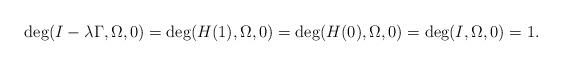
LaTeX: \begin{align*} \deg ( I- \lambda \Gamma , \Omega ,0 ) = \deg ( H ( 1 ) , \Omega ,0 ) = \deg ( H ( 0 ) , \Omega ,0 ) = \deg ( I, \Omega ,0 ) =1. \end{align*}